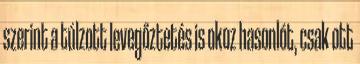
szerint a túlzott levegőztetés is okoz hasonlót, csak ott